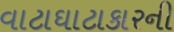
વાટાઘાટાકારની